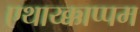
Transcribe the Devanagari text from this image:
एथाय्क्काप्पम